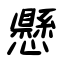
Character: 懸